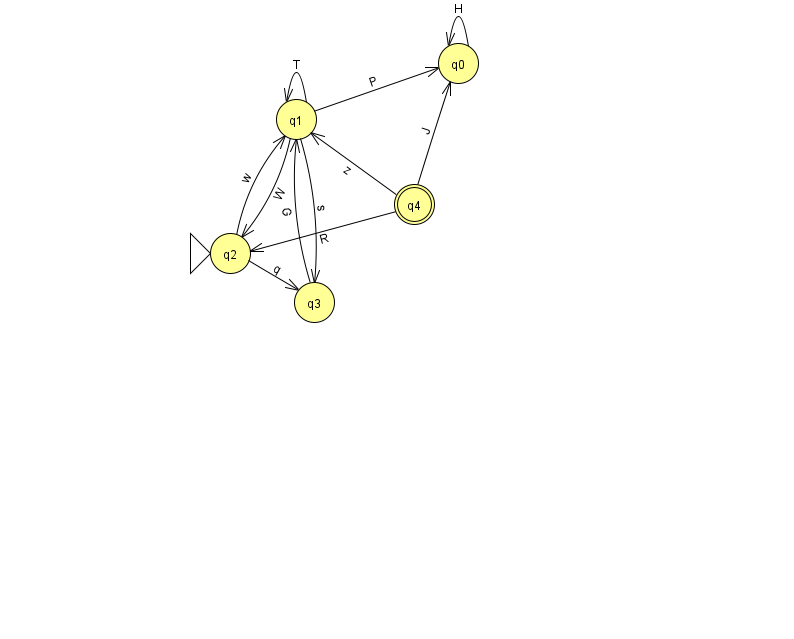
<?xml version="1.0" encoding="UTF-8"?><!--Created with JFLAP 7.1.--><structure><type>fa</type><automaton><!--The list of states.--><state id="0" name="q0"><x>458.0</x><y>50.0</y></state><state id="1" name="q1"><x>296.0</x><y>106.0</y></state><state id="2" name="q2"><x>230.0</x><y>240.0</y><initial/></state><state id="3" name="q3"><x>314.0</x><y>289.0</y></state><state id="4" name="q4"><x>414.0</x><y>191.0</y><final/></state><!--The list of transitions.--><transition><from>4</from><to>2</to><read>R</read></transition><transition><from>4</from><to>1</to><read>z</read></transition><transition><from>1</from><to>1</to><read>T</read></transition><transition><from>4</from><to>0</to><read>J</read></transition><transition><from>2</from><to>3</to><read>q</read></transition><transition><from>1</from><to>0</to><read>P</read></transition><transition><from>0</from><to>0</to><read>H</read></transition><transition><from>3</from><to>1</to><read>G</read></transition><transition><from>1</from><to>2</to><read>W</read></transition><transition><from>1</from><to>3</to><read>s</read></transition><transition><from>2</from><to>1</to><read>w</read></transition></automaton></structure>